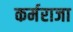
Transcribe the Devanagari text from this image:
कर्मराजा